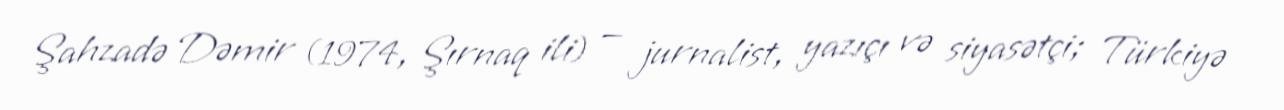
Şahzadə Dəmir (1974, Şırnaq ili) — jurnalist, yazıçı və siyasətçi; Türkiyə